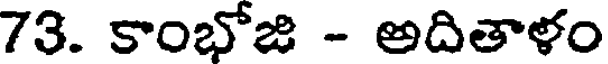
73. కాంభోజి - అదితాళం